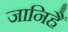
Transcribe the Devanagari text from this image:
जानिहैं